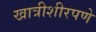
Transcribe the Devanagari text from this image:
खात्रीशीरपणे